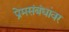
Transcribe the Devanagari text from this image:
प्रेमसंबंधांवर